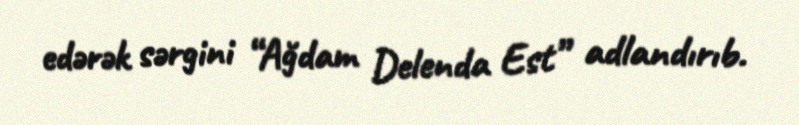
edərək sərgini “Ağdam Delenda Est” adlandırıb.